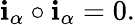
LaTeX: \mathbf{i}_{\alpha}\circ\mathbf{i}_{\alpha}=0.